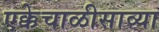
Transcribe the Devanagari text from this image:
एक्केचाळीसाव्या